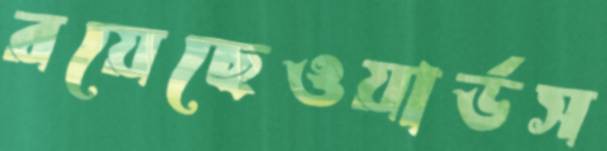
রয়েছেওয়ার্ডস